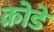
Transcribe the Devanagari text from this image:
क्रोडें